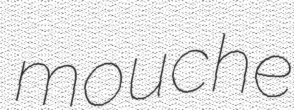
mouche